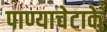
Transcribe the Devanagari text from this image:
पाण्याचेटाके